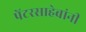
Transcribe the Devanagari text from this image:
पेंटरसाहेबांनी